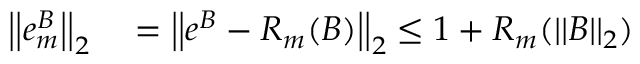
\begin{array} { r l } { \left| \left| e _ { m } ^ { B } \right| \right| _ { 2 } } & { { } = \left| \left| e ^ { B } - R _ { m } ( B ) \right| \right| _ { 2 } \leq 1 + R _ { m } ( \left| \left| B \right| \right| _ { 2 } ) } \end{array}